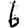
Digit: 6